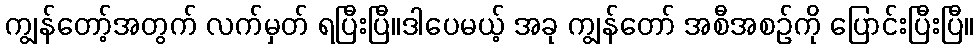
ကျွန်တော့်အတွက် လက်မှတ် ရပြီးပြီ။ဒါပေမယ့် အခု ကျွန်တော် အစီအစဉ်ကို ပြောင်းပြီးပြီ။